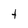
Character: t